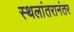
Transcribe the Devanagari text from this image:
स्थलांतरानंतर